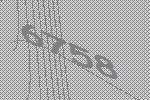
6758